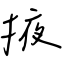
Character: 掖